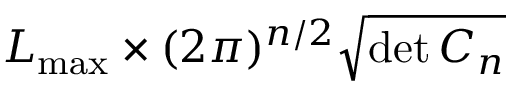
{ \cal L } _ { \mathrm { m a x } } \times ( 2 \pi ) ^ { n / 2 } \sqrt { \operatorname* { d e t } C _ { n } }